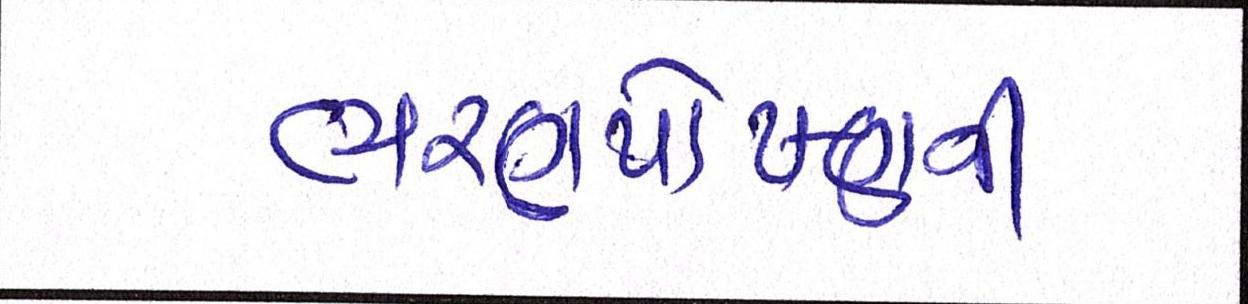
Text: ભરણપોષણની